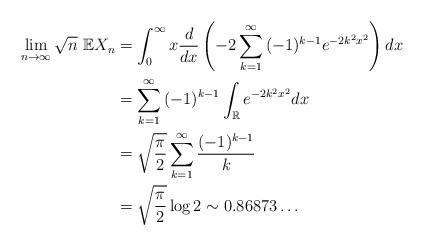
LaTeX: \begin{align*} \lim_{n \rightarrow \infty}{\sqrt{n} ~\mathbb{E} X_n} &= \int_{0}^{\infty}{x \frac{d}{dx} \left(-2\sum_{k=1}^{\infty}{(-1)^{k-1}e^{-2 k^2 x^2}}\right) dx} \\&= \sum_{k=1}^{\infty}{(-1)^{k-1} \int_{\mathbb{R}}{e^{-2k^2 x^2}dx}} \\&= \sqrt{\frac{\pi}{2}} \sum_{k=1}^{\infty}{ \frac{(-1)^{k-1}}{k}}\\&= \sqrt{\frac{\pi}{2}} \log{2} \sim 0.86873\dots\end{align*}